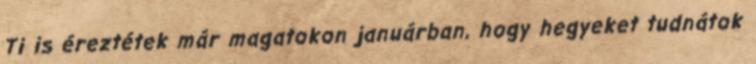
Ti is éreztétek már magatokon januárban, hogy hegyeket tudnátok